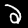
Digit: 2